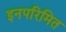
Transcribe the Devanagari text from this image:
इनपरिमित